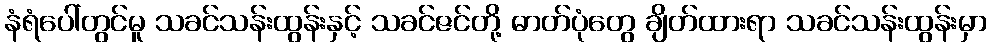
နံရံပေါ်တွင်မူ သခင်သန်းထွန်းနှင့် သခင်ဇင်တို့ ဓာတ်ပုံတွေ ချိတ်ထားရာ သခင်သန်းထွန်းမှာ